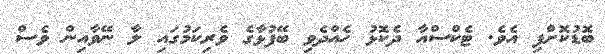
ބޮޑުކޮށްފި އެވެ. ޓެކްސްއާ ދެކޮޅު ހެއްދެވި ބޭފުޅާގެ ވެރިކަމުގައި ލާ ނޭވާއިން ވެސް